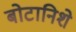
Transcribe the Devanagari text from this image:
बोटानिशे